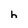
Character: h